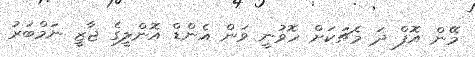
މޭން އޮފް ދަ މެޗަކަށް ހޮވުނީ ވަން އެންޑް އޮންލީގެ ޖާޒީ ނަމްބަރު